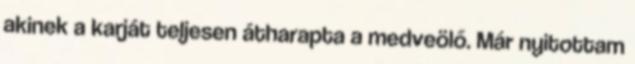
akinek a karját teljesen átharapta a medveölő. Már nyitottam